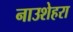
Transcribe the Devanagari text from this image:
नाउशेहरा